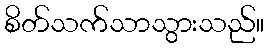
စိတ်သက်သာသွားသည်။